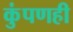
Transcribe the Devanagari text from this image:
कुंपणही